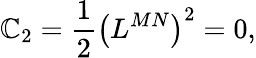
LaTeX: \mathbb{C}_{2}=\frac{1}{2}\left(L^{MN}\right)^{2}=0,